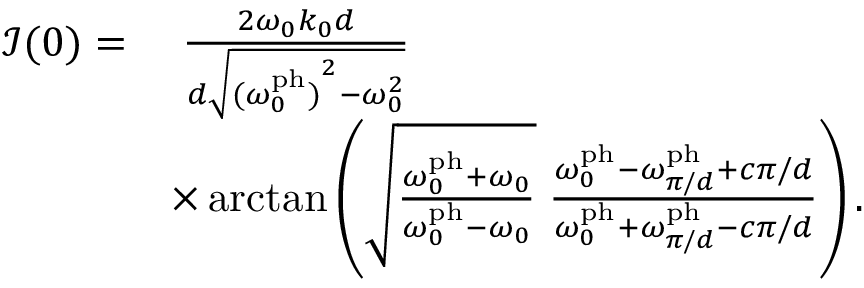
\begin{array} { r l } { \mathcal { I } ( 0 ) = } & { \; \frac { 2 \omega _ { 0 } k _ { 0 } d } { d \sqrt { { ( \omega _ { 0 } ^ { \mathrm { p h } } ) } ^ { 2 } - \omega _ { 0 } ^ { 2 } } } } \\ & { \times \arctan \left( \sqrt { \frac { \omega _ { 0 } ^ { \mathrm { p h } } + \omega _ { 0 } } { \omega _ { 0 } ^ { \mathrm { p h } } - \omega _ { 0 } } } \; \frac { \omega _ { 0 } ^ { \mathrm { p h } } - \omega _ { \pi / d } ^ { \mathrm { p h } } + c \pi / d } { \omega _ { 0 } ^ { \mathrm { p h } } + \omega _ { \pi / d } ^ { \mathrm { p h } } - c \pi / d } \right) . } \end{array}